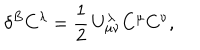
\delta ^ { B } C ^ { \lambda } = \frac { 1 } { 2 } \, U _ { \mu \nu } ^ { \lambda } C ^ { \mu } C ^ { \nu } ,